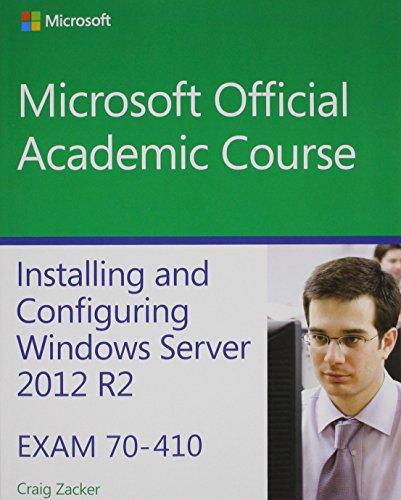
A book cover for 70-410 Installing and Configuring Windows Server 2012 R2 with MOAC Labs Online Reg Card Set; Microsoft Official Academic Course; Computers & Technology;